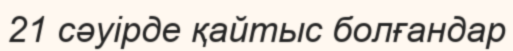
21 сәуірде қайтыс болғандар